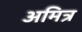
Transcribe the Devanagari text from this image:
अमित्र